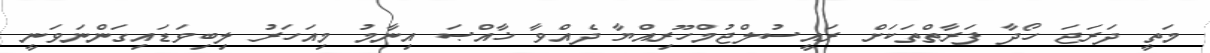
މަތީ ދަރަޖަ ހޯދާ ފަރާތްތަކަށް ރައީސުލްޖުމްހޫރިއްޔާ ދެއްވާ ޚާއްޞަ އިނާމު މިއަހަރު ލިބިވަޑައިގަންނަވަނީ